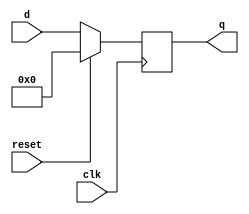
module ParameterizedRegister #(
    parameter N = 8,                // Bit-width of the register
    parameter RESET_ACTIVE = 1'b1   // Reset active-high (1) or active-low (0)
) (
    input wire clk,                 // Clock signal
    input wire reset,               // Reset signal
    input wire [N-1:0] d,          // Input data signal
    output reg [N-1:0] q            // Output data signal
);

    always @(posedge clk) begin
        if (RESET_ACTIVE) begin
            // Active-high reset
            if (reset) begin
                q <= {N{1'b0}};     // Reset output to zero
            end else begin
                q <= d;            // Assign input data to output
            end
        end else begin
            // Active-low reset
            if (!reset) begin
                q <= {N{1'b0}};     // Reset output to zero
            end else begin
                q <= d;            // Assign input data to output
            end
        end
    end

endmodule